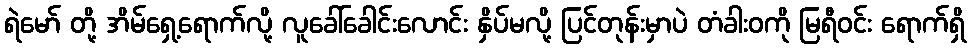
ရဲမော် တို့ အိမ်ရှေ့ရောက်လို့ လူခေါ်ခေါင်းလောင်း နှိပ်မလို့ ပြင်တုန်းမှာပဲ တံခါးဝကို မြရီဝင်း ရောက်ရှိ